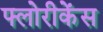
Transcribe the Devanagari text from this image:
फ्लोरीकेंस